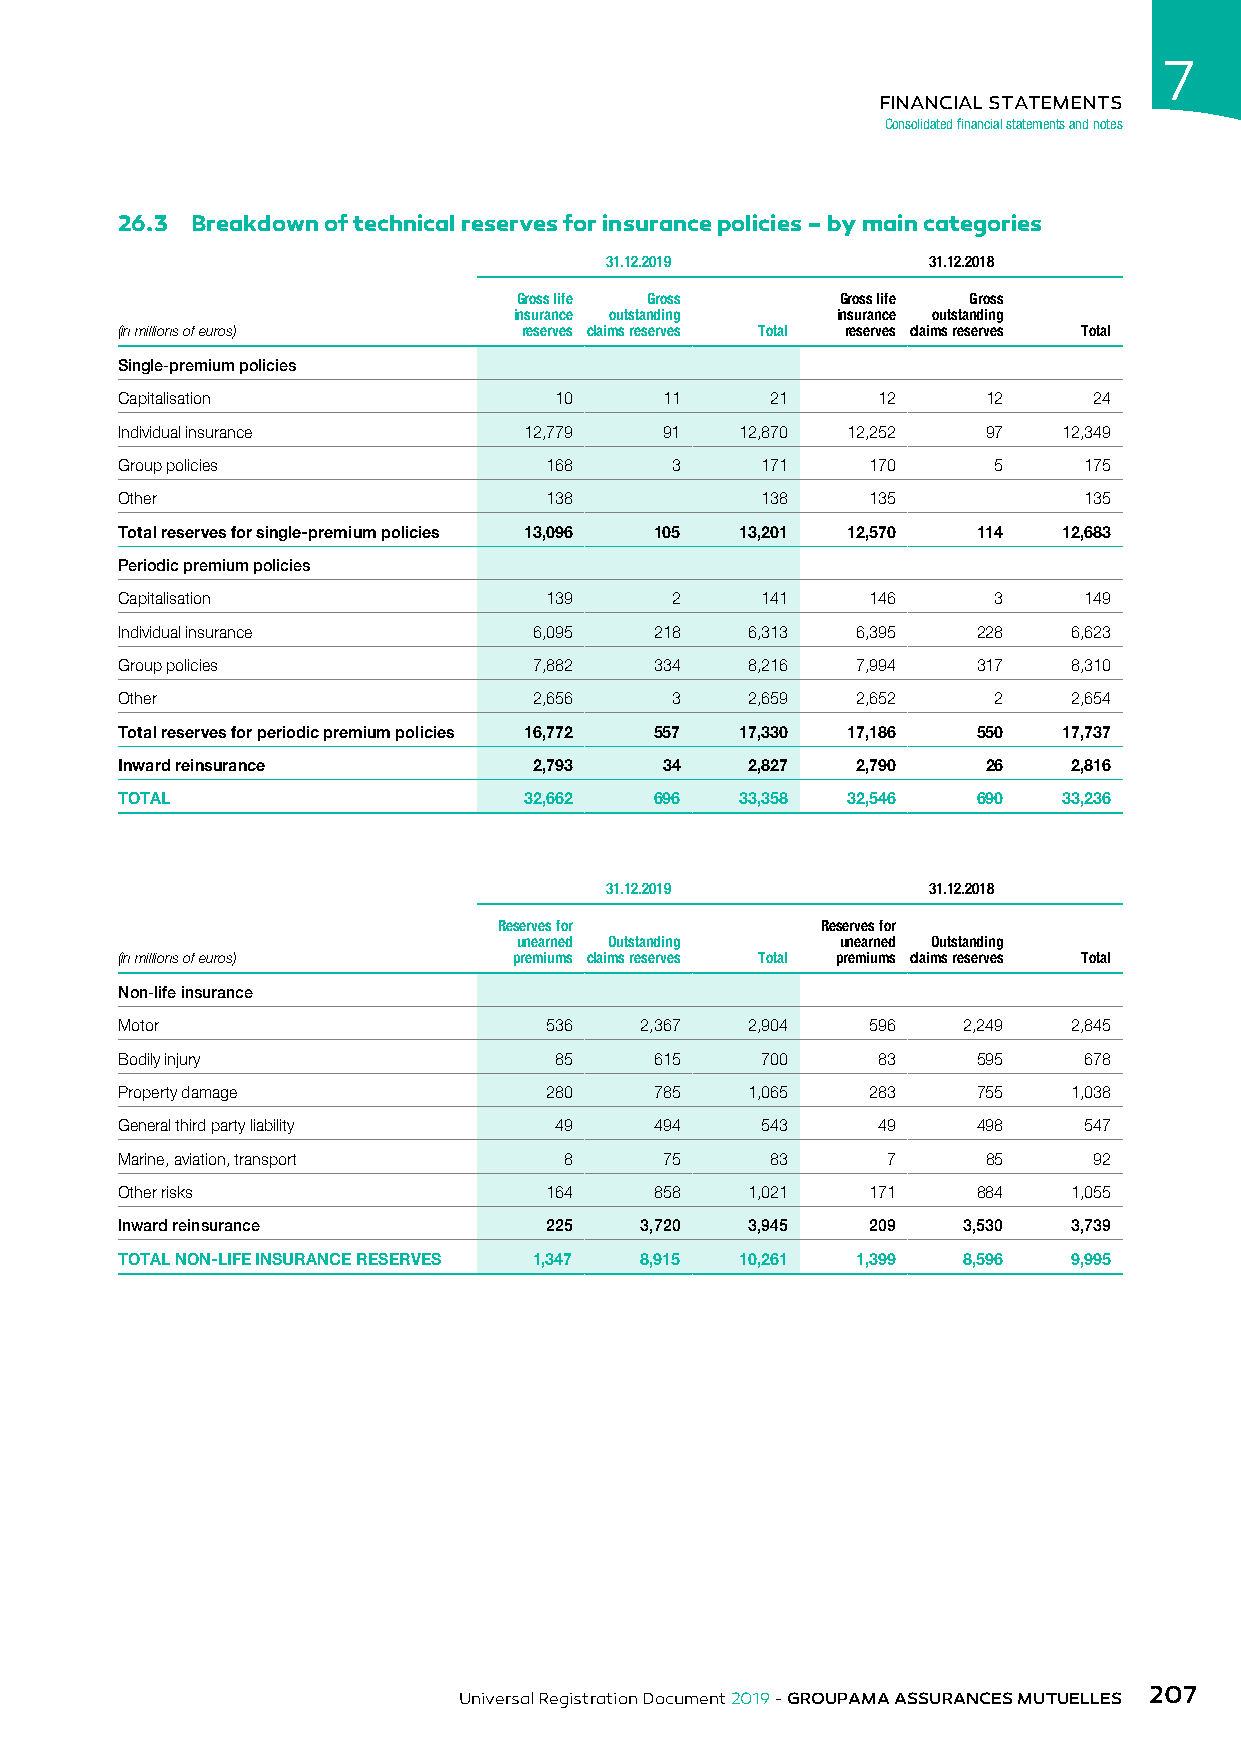
7
 FINANCIAL STATEMENTS
 Consolidated financial statements and notes
 26.3 Breakdown of technical reserves for insurance policies – by main categories
 31.12.2019           31.12.2018
 Gross life Gross      Gross life Gross
 insurance outstanding insurance outstanding
 (in millions of euros)     reserves claims reserves Total reserves claims reserves Total
 Single-premium policies
 Capitalisation               10     11     21     12     12     24
 Individual insurance       12,779   91   12,870 12,252   97   12,349
 Group policies              168     3     171    170      5     175
 Other                       138           138    135            135
 Total reserves for single-premium policies 13,096 105 13,201 12,570 114 12,683
 Periodic premium policies
 Capitalisation              139     2     141    146      3     149
 Individual insurance       6,095   218   6,313   6,395   228   6,623
 Group policies             7,882   334   8,216   7,994   317   8,310
 Other                      2,656    3    2,659   2,652    2    2,654
 Total reserves for periodic premium policies 16,772 557 17,330 17,186 550 17,737
 Inward reinsurance         2,793    34   2,827   2,790   26    2,816
 TOTAL                      32,662  696   33,358 32,546   690  33,236
 31.12.2019           31.12.2018
 Reserves for         Reserves for
 unearned Outstanding  unearned Outstanding
 (in millions of euros)    premiums claims reserves Total premiums claims reserves Total
 Non-life insurance
 Motor                       536   2,367  2,904   596    2,249  2,845
 Bodily injury                85    615    700     83     595    678
 Property damage             280    785   1,065   283     755   1,038
 General third party liability 49   494    543     49     498    547
 Marine, aviation, transport  8      75     83      7     85     92
 Other risks                 164    858   1,021   171     884   1,055
 Inward reinsurance          225   3,720  3,945   209    3,530  3,739
 TOTAL NON-LIFE INSURANCE RESERVES 1,347 8,915 10,261 1,399 8,596 9,995
 207
 Universal Registration Document 2019 - GROUPAMA ASSURANCES MUTUELLES